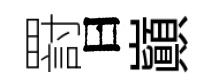
罸曰巔